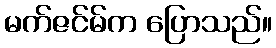
မက်ဇင်မ်က ပြောသည်။